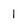
Character: 1